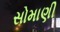
સોમાણી